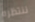
ننتظره